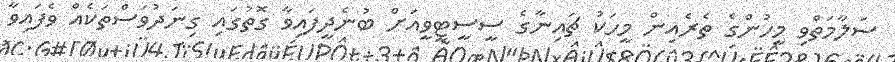
ސަލާމަތްވި މީހުންގެ ތެރެއިން މީހަކު ޗައިނާގެ ސީސީޓީވީއަށް ބުނެދީފައިވާ ގޮތުގައި ގިނަދުވަސްތަކެއް ވެފައިވާ